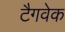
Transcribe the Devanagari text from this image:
टैगवेक